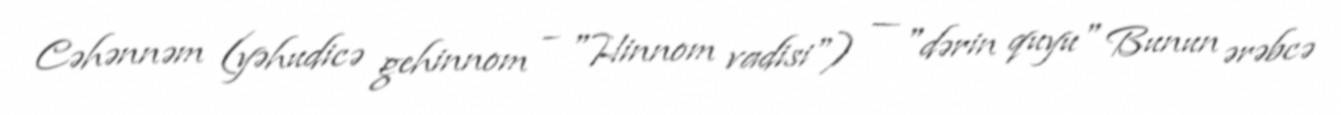
Cəhənnəm (yəhudicə gehinnom – "Hinnom vadisi") — "dərin quyu" Bunun ərəbcə